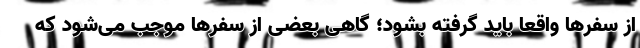
از سفرها واقعاً باید گرفته بشود؛ گاهی بعضی از سفرها موجب می‌شود که